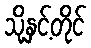
သို့နှင့်တိုင်